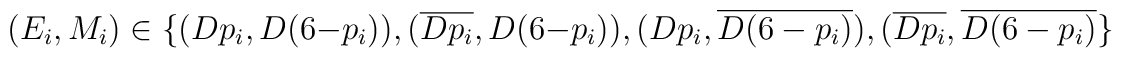
(E_i,M_i) \in \{(Dp_i,D(6-p_i)),(\overline{Dp_i},D(6-p_i)),(Dp_i,\overline{D(6-p_i)}),(\overline{Dp_i},\overline{D(6-p_i)}\}